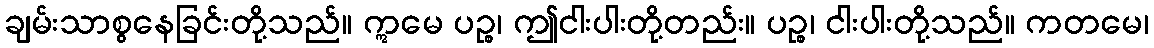
ချမ်းသာစွနေခြင်းတို့သည်။ ဣမေ ပဉ္စ၊ ဤငါးပါးတို့တည်း။ ပဉ္စ၊ ငါးပါးတို့သည်။ ကတမေ၊